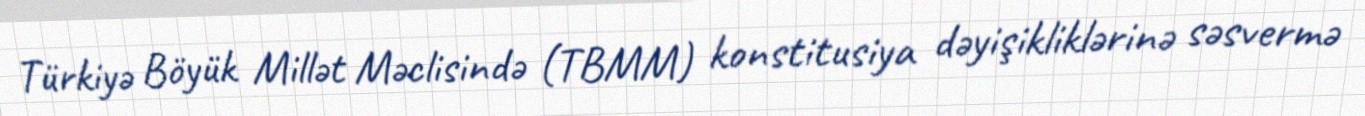
Türkiyə Böyük Millət Məclisində (TBMM) konstitusiya dəyişikliklərinə səsvermə